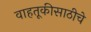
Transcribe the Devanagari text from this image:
वाहतूकीसाठीचे